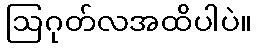
ဩဂုတ်လအထိပါပဲ။